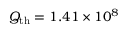
Q _ { \mathrm { t h } } = 1 . 4 1 \times 1 0 ^ { 8 }